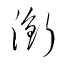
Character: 銜